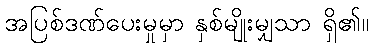
အပြစ်ဒဏ်ပေးမှုမှာ နှစ်မျိုးမျှသာ ရှိ၏။